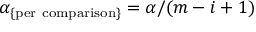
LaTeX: \alpha _ { \mathrm { \{ p e r \ c o m p a r i s o n \} } } = { \alpha } / ( m - i + 1 )